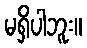
မရှိပါဘူး။